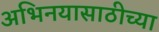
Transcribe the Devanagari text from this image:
अभिनयासाठीच्या